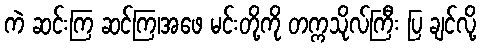
ကဲ ဆင်းကြ ဆင်ကြ၊အဖေ မင်းတို့ကို တက္ကသိုလ်ကြီး ပြ ချင်လို့